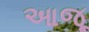
આજૂ